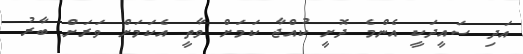
އަދި ސައީދަކީ އެންމެ ދޮށީ ކުއްޖާ ކަމަށް ވާތީ އެކަމަށް ވަރަށް ބާރު